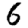
Digit: 6